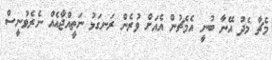
މެޗާ މެދު އޭނާ ބުނީ އެމެޗުން އެއަށް ވުރެން ރަނގަޅު ނަތީއްޖާއެއް ނެރެވުނީސް